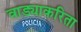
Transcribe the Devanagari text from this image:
वाड्याकरिता